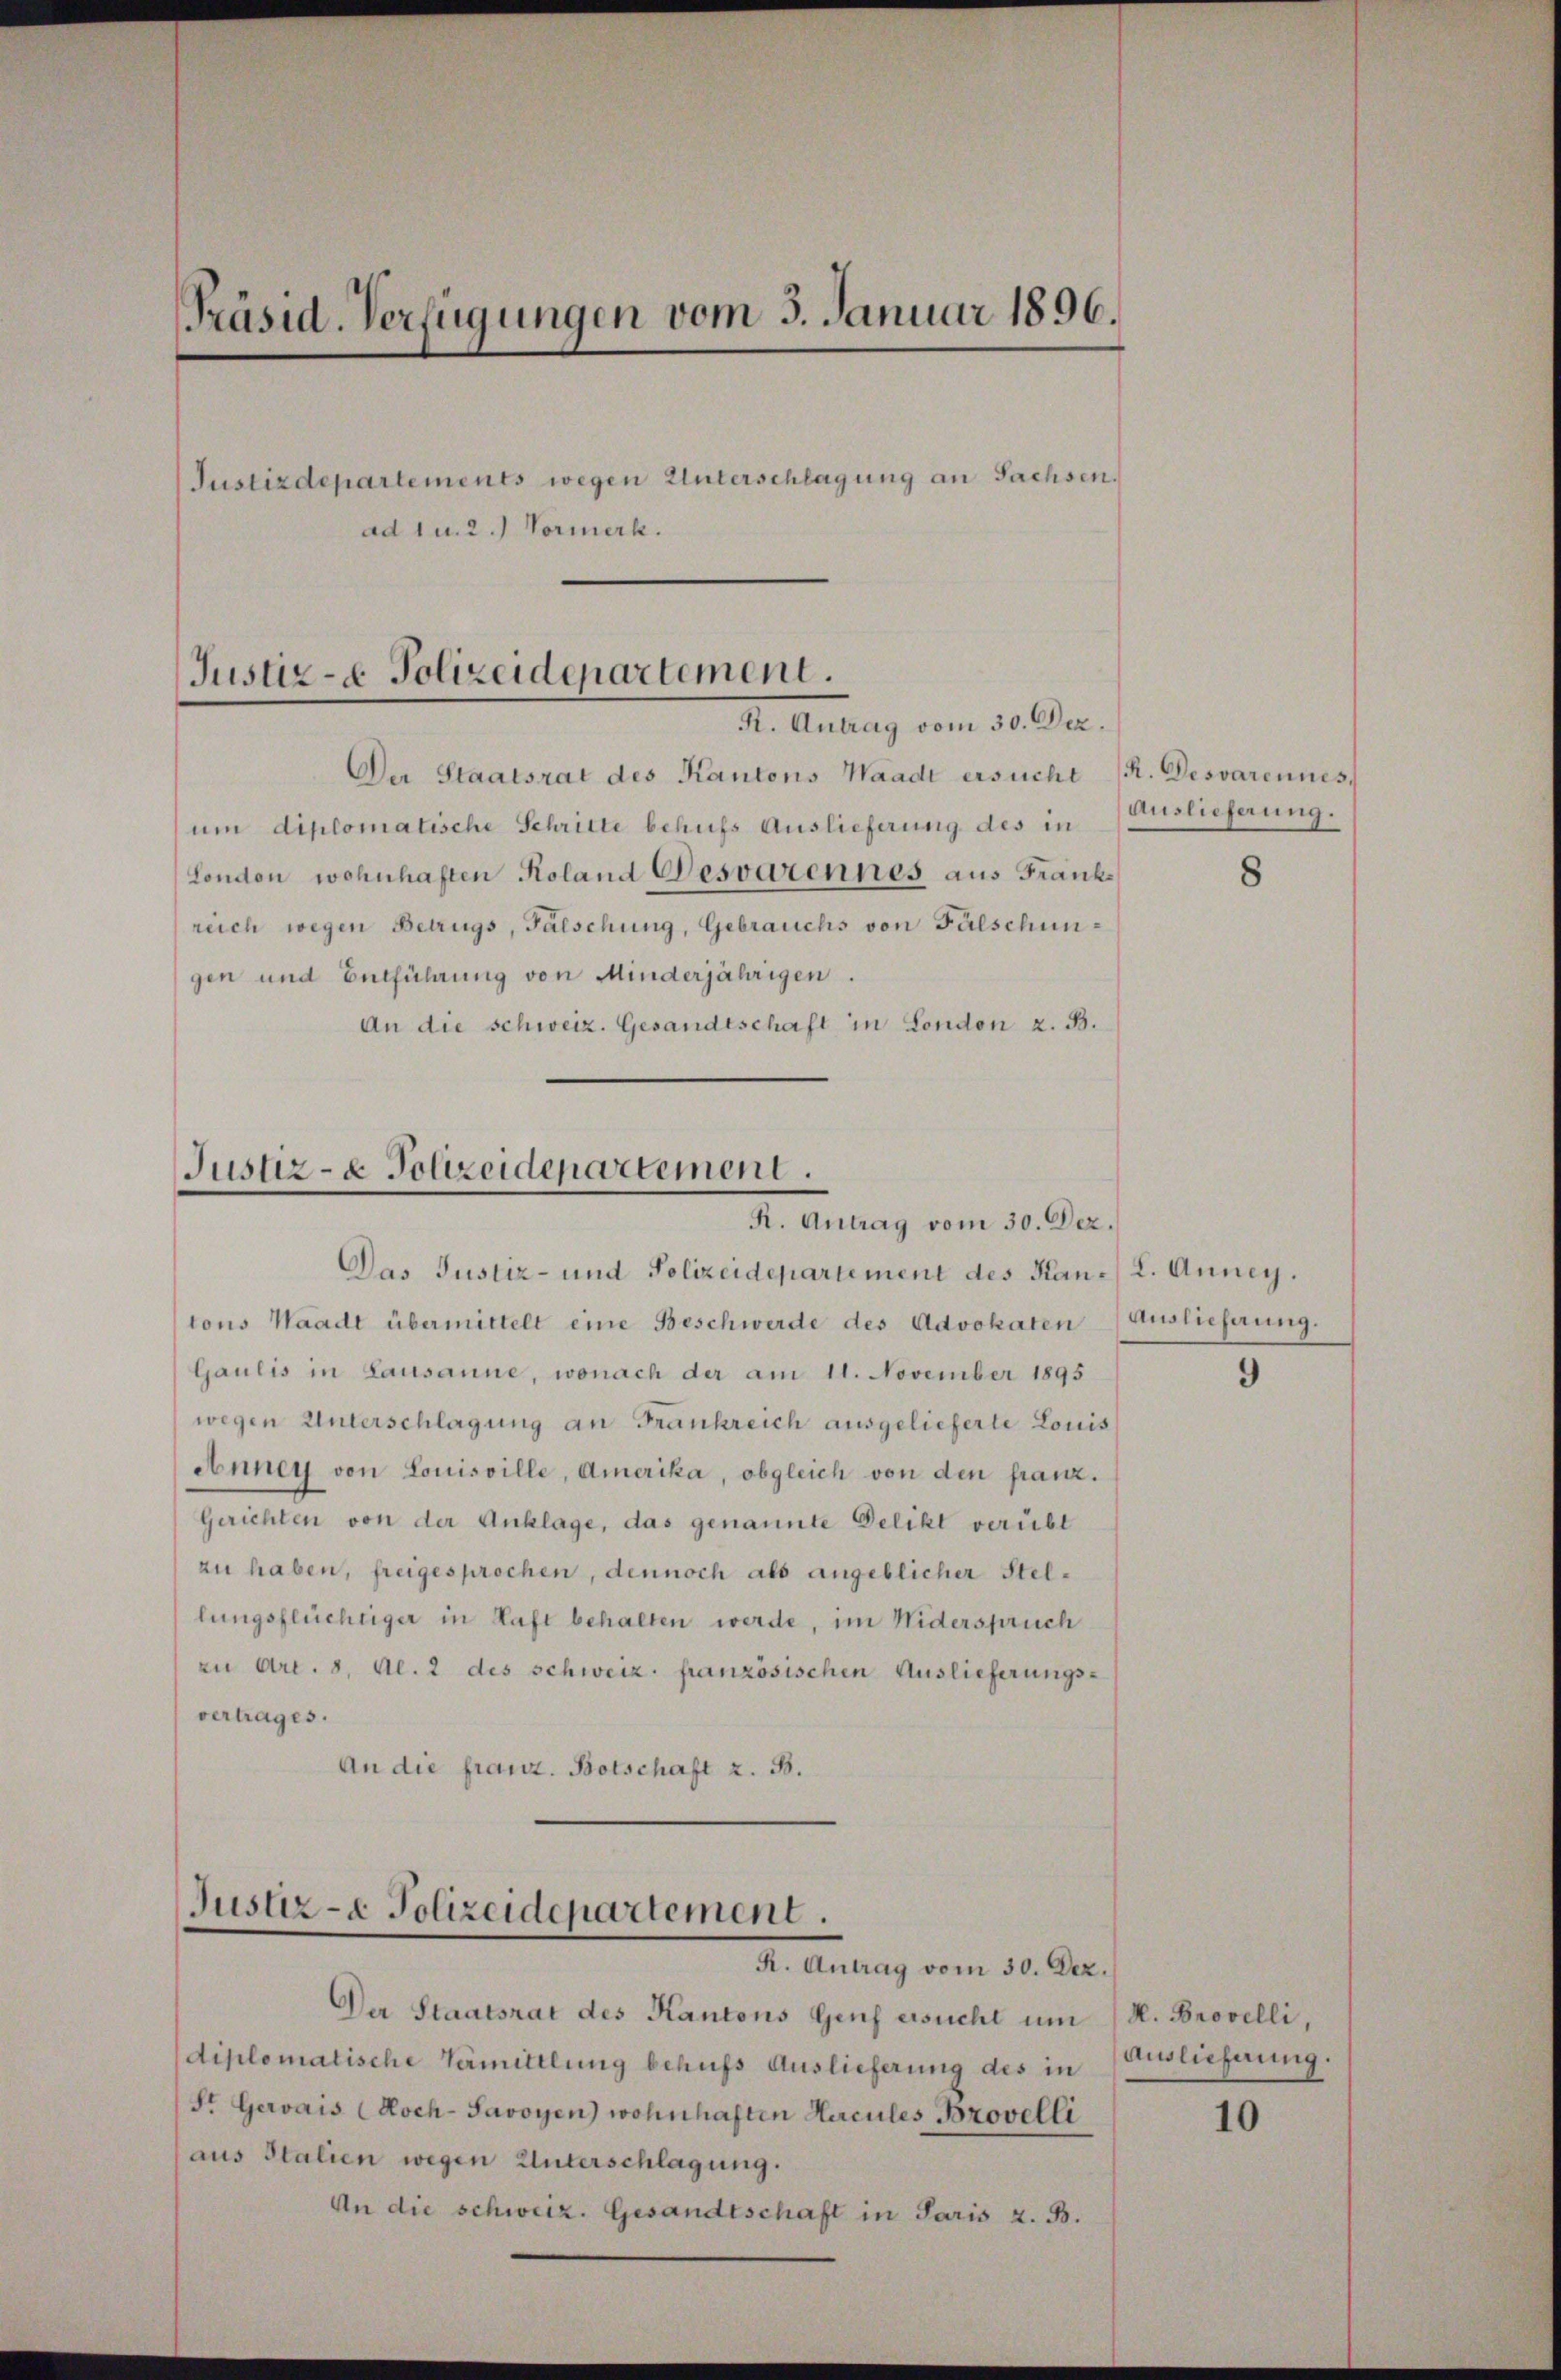
[Präsid. Verfügungen vom 3. Januar 1896.
Justizdepartements wegen Unterschlagung an Sachsen.
ad 1 u. 2.) Vormerk.

Justiz- & Polizeidepartement.
R. Antrag vom 30. Dez.

Der Staatsrat des Kantons Waadt ersucht R. Desvarennes,
um diplomatische Schritte behufs Auslieferung des in
London wohnhaften Koland Desvarennes aus Frankreich wegen Betrugs, Fälschung, Gebrauchs von Falschungen und Entführung von Minderjährigen.
An die schweiz. Gesandtschaft in London z. B.

Justiz- & Polizeidepartement
R. Antrag vom 30. Dez.

Justiz- & Polizeidepartement.
R. Antrag vom 30. Dez.

Das Justiz- und Polizeidepartement des Han- 2. Anney.
tons Waadt übermittelt eine Beschwerde des Advokaten Auslieferung.
Gaulis in Lausanne, wonach der am 11. November 1895
wegen Unterschlagung an Frankreich ausgelieferte Louis
Anney von Louisville, Amerika, obgleich von den franz¬
Gerichten von der Anklage, das genannte Delikt verübt
zu haben, freigesprochen, dennoch als angeblicher Stellungsflüchtiger in Haft behalten werde, im Niderspruch
zu Art. 8, Al. 2 des schweiz. französischen Auslieferungsvertrages.
An die franz. Botschaft z. B.

Der Staatsrat des Kantons Genf ersucht um (N. Brovelli,
diplomatische Vermittlung behufs Auslieferung des in Auslieferung.
St. Gervais (Koch-Savoyen) wohnhaften Hacules Provelli
aus Italien wegen Unterschlagung.
An die schweiz. Gesandtschaft in Paris z. B.

Auslieferung.

8

10